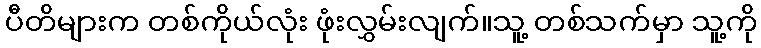
ပီတိများက တစ်ကိုယ်လုံး ဖုံးလွှမ်းလျက်။သူ့ တစ်သက်မှာ သူ့ကို